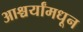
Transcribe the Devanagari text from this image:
आश्चर्यांमधून